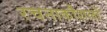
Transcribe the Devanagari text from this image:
रचनाकौशलों